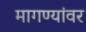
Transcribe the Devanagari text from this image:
मागण्यांवर